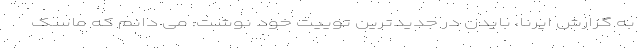
به گزارش ایرنا، بایدن در جدیدترین توییت خود نوشت: می دانم که ماسک